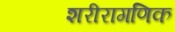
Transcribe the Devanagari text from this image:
शरीरागणिक